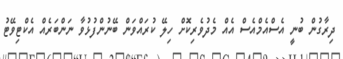
ދިރާގުން ބުނީ އެސްއެމްއެސް އެއް މެދުވެރިކޮށް ހިލޭ ކުރައްވަން ބޭނުންފުޅުވާ ނަންބަރެއް އެކްޓިވޭޓު